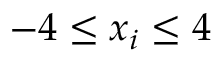
- 4 \leq x _ { i } \leq 4